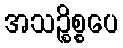
အသဉ္စိစ္စပေ